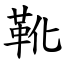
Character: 靴